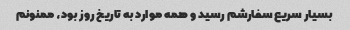
بسیار سریع سفارشم رسید و همه موارد به تاریخ روز بود، ممنونم